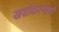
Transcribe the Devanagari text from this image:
खच्चीकरणाची